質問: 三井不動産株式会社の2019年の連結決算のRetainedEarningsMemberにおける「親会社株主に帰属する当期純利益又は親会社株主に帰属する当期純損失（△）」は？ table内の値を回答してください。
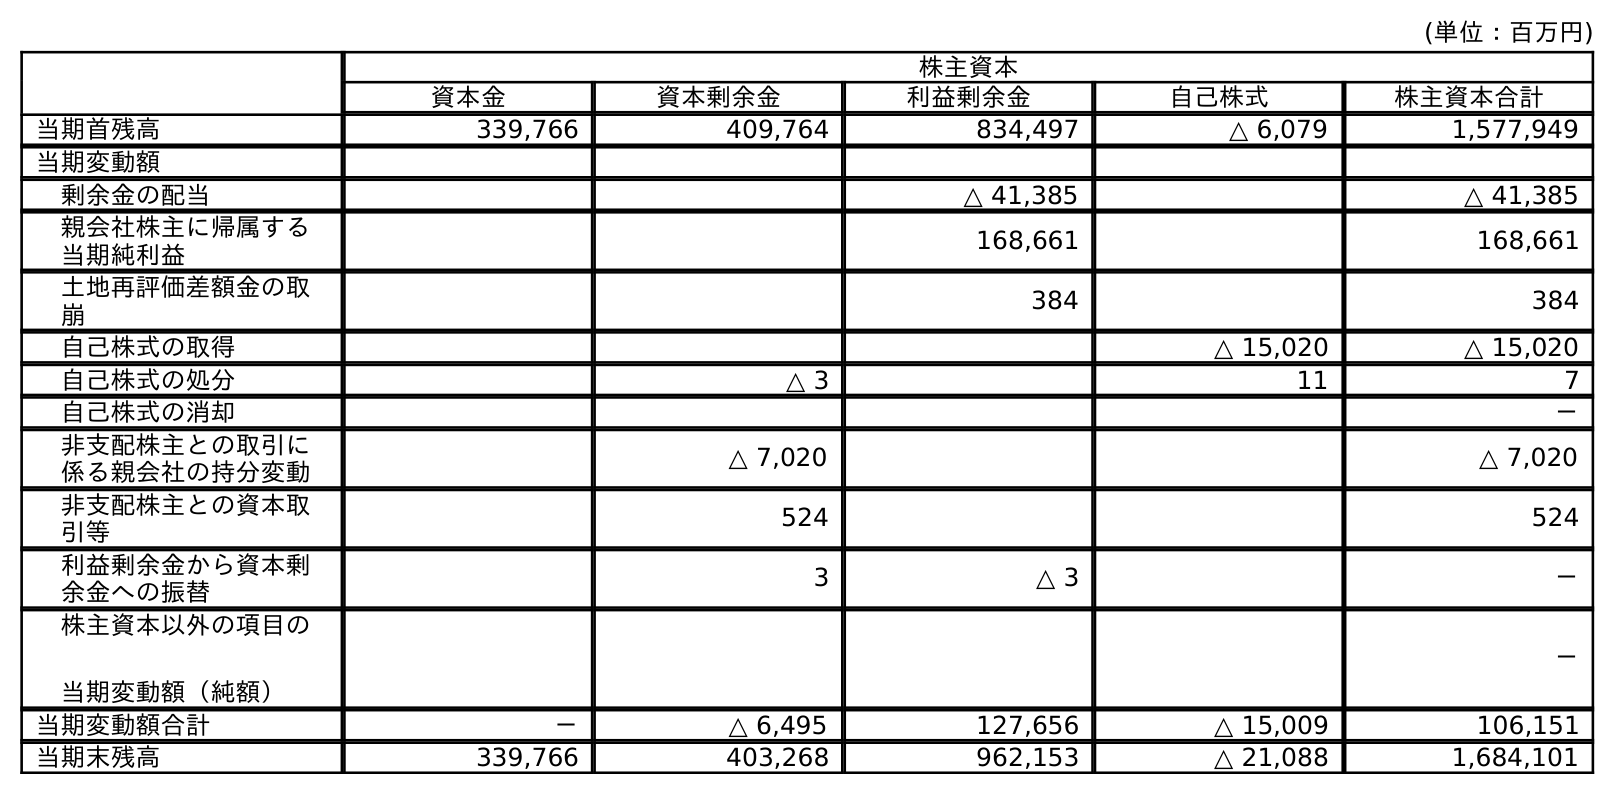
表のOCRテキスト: (単位：百万円) 株主資本 資本金 資本剰余金 利益剰余金 自己株式 株主資本合計 当期首残高 339,766 409,764 834,497 △ 6,079 1,577,949 当期変動額 剰余金の配当 △ 41,385 △ 41,385 親会社株主に帰属する 当期純利益 168,661 168,661 土地再評価差額金の取 崩 384 384 自己株式の取得 △ 15,020 △ 15,020 自己株式の処分 △ 3 11 7 自己株式の消却 － 非支配株主との取引に 係る親会社の持分変動 △ 7,020 △ 7,020 非支配株主との資本取 引等 524 524 利益剰余金から資本剰 余金への振替 3 △ 3 － 株主資本以外の項目の 当期変動額（純額） － 当期変動額合計 － △ 6,495 127,656 △ 15,009 106,151 当期末残高 339,766 403,268 962,153 △ 21,088 1,684,101
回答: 168,661